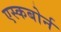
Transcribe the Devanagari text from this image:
एस्कबोर्न